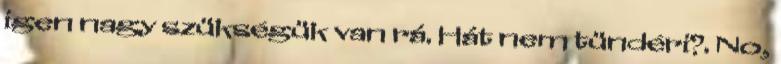
igen nagy szükségük van rá. Hát nem tündéri?. No,